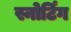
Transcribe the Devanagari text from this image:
स्नोर्टिंग